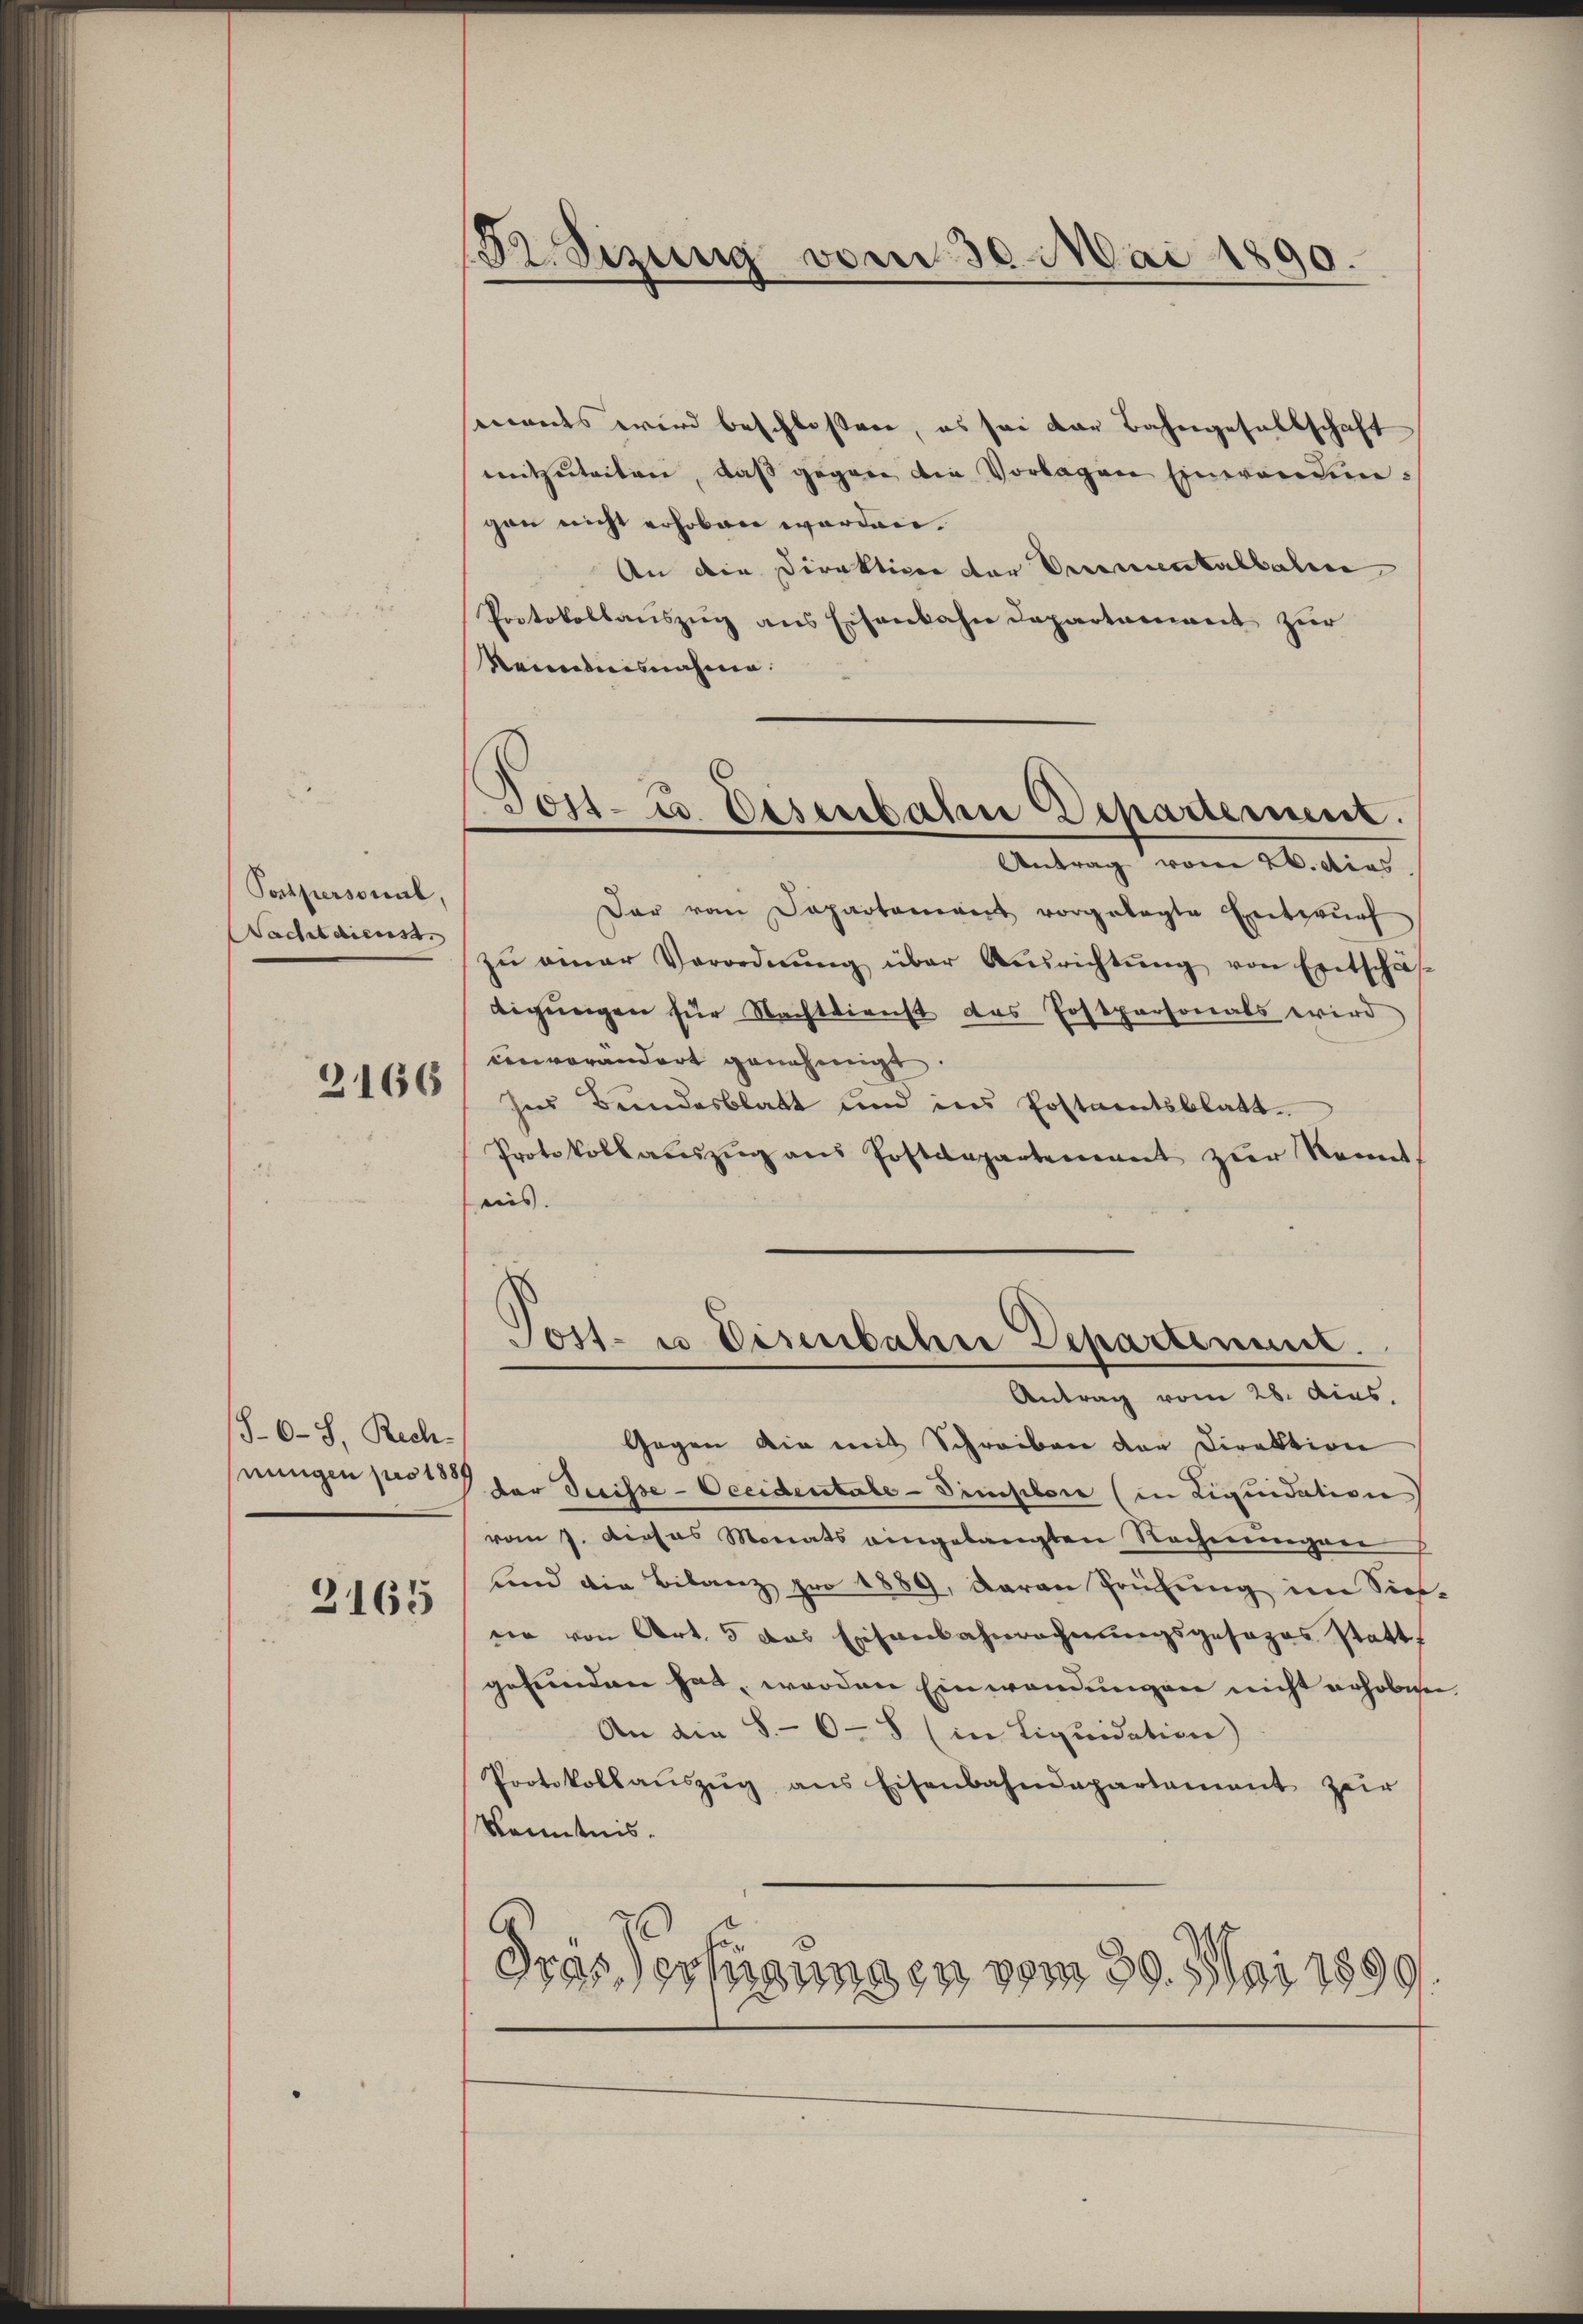
Postpersonal,
Wachtdienst

2166

86-8. Rech

3165

Br. Sizung vom 30. Mai 1890.

mants wird beschlossen, es sei der Bahngesellschaft
mitzŭteiten, daβ gegen die Vorlagen Einwendingen nicht erhoben worden.
An die Direktiven der Decementalbalie
Protokollauszug aus Eisenbahn Departanweit zur
Renntnisnahme.
Dar vom Departoniert vorgelegte Entwŭrf
zŭ einer Verordnŭng über Aŭsrichtŭng von Entschäf-
tigungen für Nachtdienst das Postpersonals wird
enverändert genehmigt.
Ins Bundesblatt und ins Postamtsblatt
Protokollaŭszŭg aŭs Postdepartement zŭr Kennt.
ains.
d
Jost- u Eisenbahre Departement.
Antrag vom 28. dies
Gegen die mit Schreiben der Direktion
snungen pot der Greifse-Occidentale - Simpler (in Liquidation
vom 7. Dieses Monats eingelangten Rechnungen
fend die Bilanz pro 1889, daran Prüfung im Sich
dir von Art. 5 das Eisenbahnrechnungsgesezes statt
gefunden hat, werden Einwendungen nicht erhoben
An die 8.- 6-8 (in Liquidation)
Protokollaŭszŭg ans Eisenbahndepartement zur
Kenntnis.
Dras Verfügungen vom 30. Mai 1899

Dost- u. Disenbahn Departement.
Antrag vom 26. dies